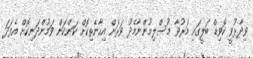
ވިދާޅުވީ ކޮވިޑް ބަލީގައި މަރުވާ މުސްލިމުންނާމެދު ވަރަށް އިހާނެތިކޮށް ކަންކަން ވަމުންދަނިކޮށް އެފަދަ